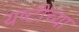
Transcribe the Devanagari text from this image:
यष्टीच्या